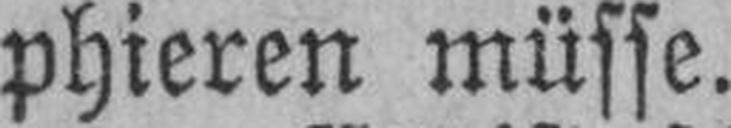
phieren müsse.